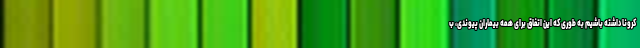
کرونا داشته باشیم به طوری که این اتفاق برای همه بیماران پیوندی، ب